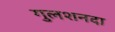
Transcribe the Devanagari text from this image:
गुलशनदा